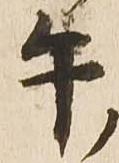
午